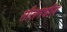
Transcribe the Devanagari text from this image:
सीलमधील